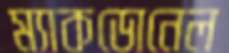
ম্যাকডোনেল